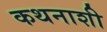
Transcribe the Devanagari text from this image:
कथनाशी